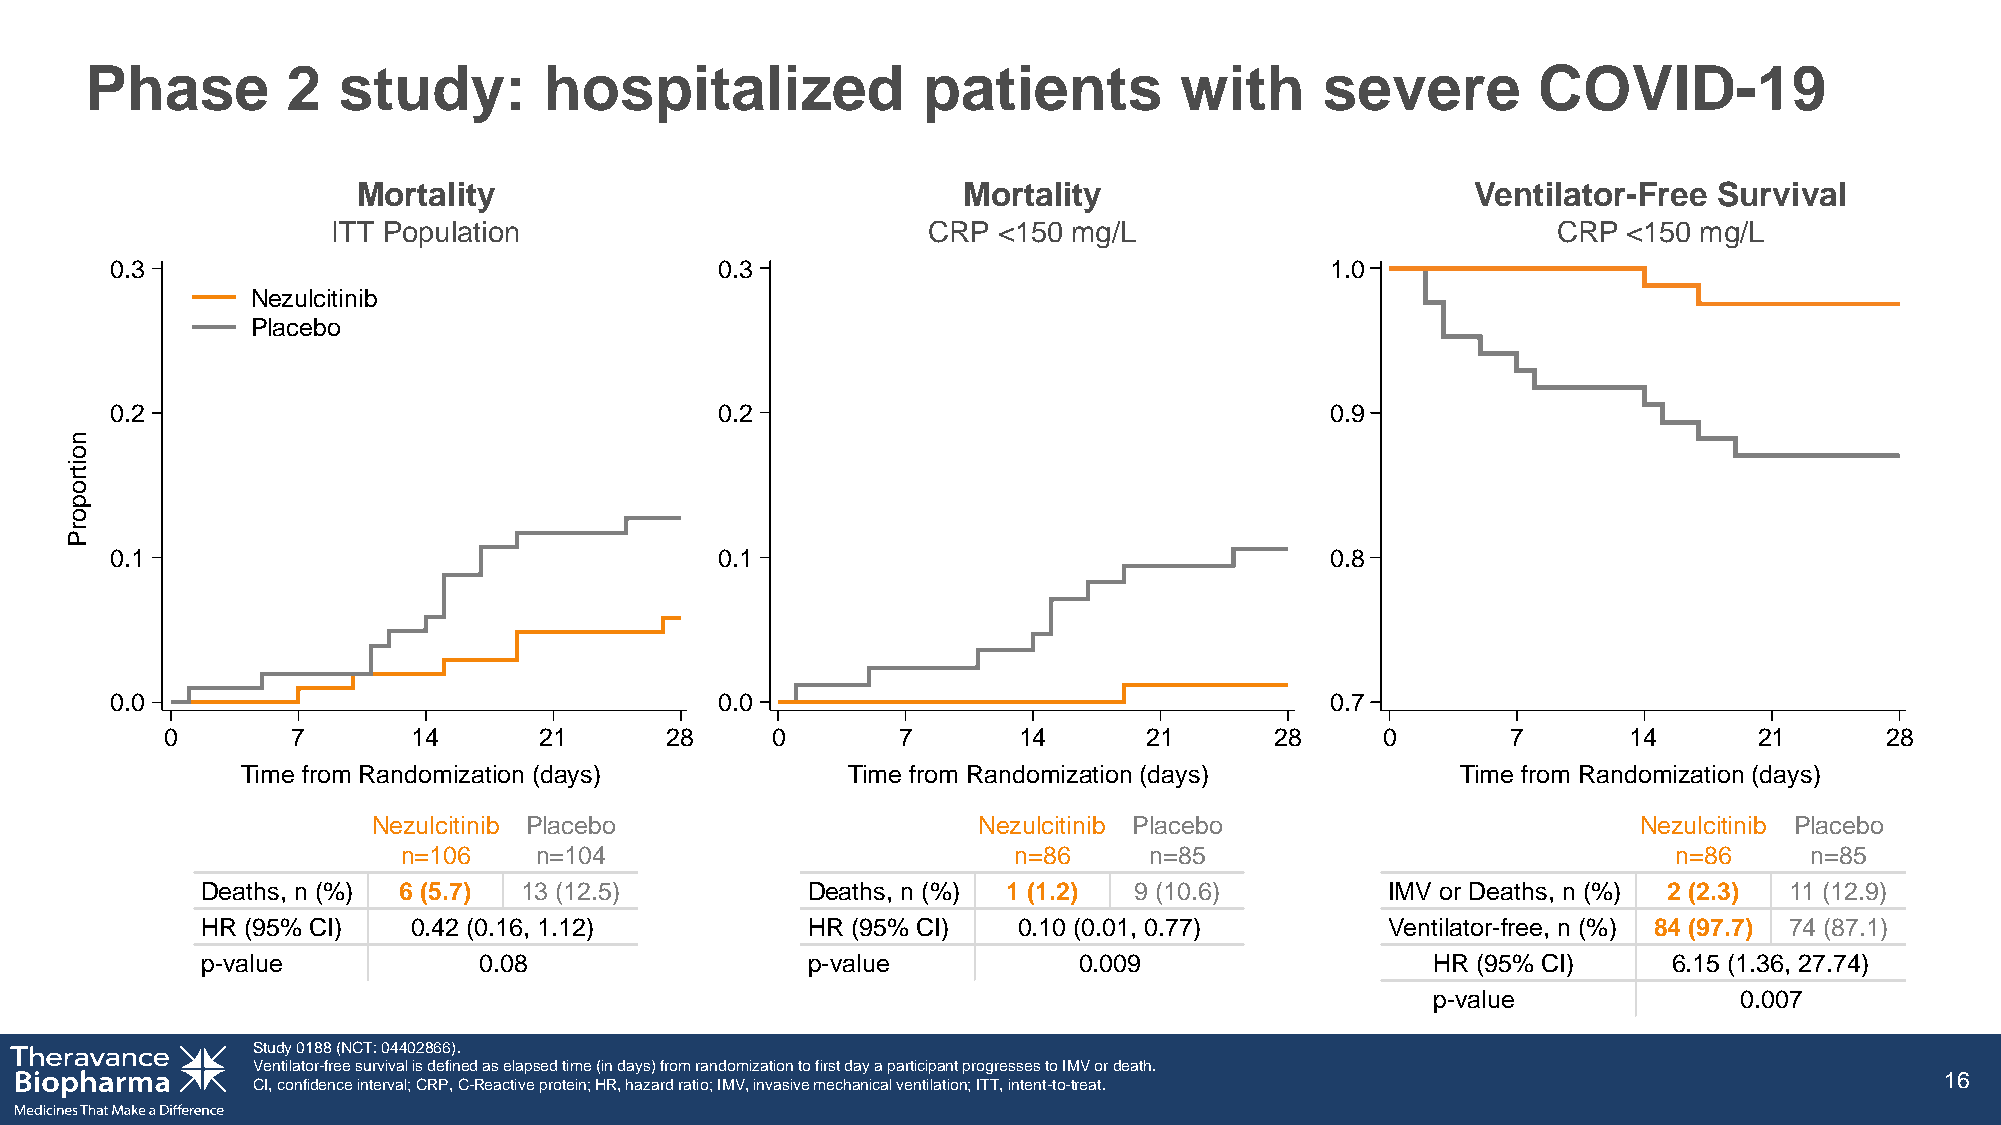
Phase        2  study:        hospitalized             patients         with      severe        COVID-19
 Mortality                               Mortality                         Ventilator-Free Survival
 ITT Population                         CRP  <150 mg/L                            CRP  <150 mg/L
 0.3                                      0.3                                     1.0
 Nezulcitinib
 Placebo
 0.2                                      0.2                                     0.9
 n
 o
 it
 r
 o
 p
 o
 r
 P
 0.1                                      0.1                                     0.8
 0.0                                      0.0                                     0.7
 0       7       14       21      28     0       7       14       21      28     0        7       14      21       28
 Time from Randomization (days)          Time from Randomization (days)           Time from Randomization (days)
 Nezulcitinib Placebo                    Nezulcitinib Placebo                        Nezulcitinib Placebo
 n=106   n=104                           n=86     n=85                               n=86     n=85
 Deaths, n (%) 6 (5.7) 13 (12.5)         Deaths, n (%) 1 (1.2) 9 (10.6)         IMV or Deaths, n (%) 2 (2.3) 11 (12.9)
 HR (95% CI)   0.42 (0.16, 1.12)         HR (95% CI)   0.10 (0.01, 0.77)        Ventilator-free, n (%) 84 (97.7) 74 (87.1)
 p-value            0.08                 p-value           0.009                   HR (95% CI)     6.15 (1.36, 27.74)
 p-value             0.007
 Study 0188 (NCT: 04402866).
 Ventilator-free survival is defined as elapsed time (in days) from randomization to first day a participant progresses to IMV ordeath.
 16
 CI, confidence interval; CRP, C-Reactive protein; HR, hazard ratio; IMV, invasive mechanical ventilation; ITT, intent-to-treat.